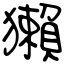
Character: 獺